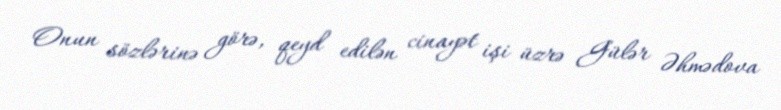
Onun sözlərinə görə, qeyd edilən cinayət işi üzrə Gülər Əhmədova